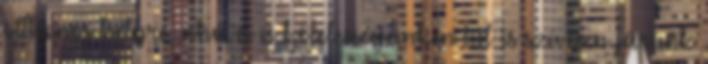
otthonos helyre, ahová a kötelességeinken túl is szívesen járunk